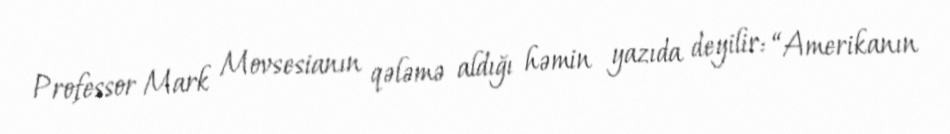
Professor Mark Movsesianın qələmə aldığı həmin yazıda deyilir: “Amerikanın